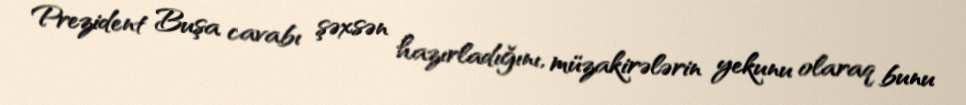
Prezident Buşa cavabı şəxsən hazırladığını, müzakirələrin yekunu olaraq bunu